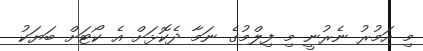
މި އަމުރު ނެރުނީ މި ފިލްމުގެ ނަމާ ދެކޮޅަށް އެ ކޯޓަށް ބަޔަކު